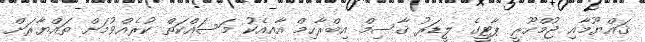
ޤައްޔޫމާއި ޖުމްހޫރީ ޕާޓީގެ ލީޑަރު ޤާސިމް އިބްރާހިމް އާއިއެކު މަސައްކަތް ކުރެއްވުމަށް ތައްޔާރަށް